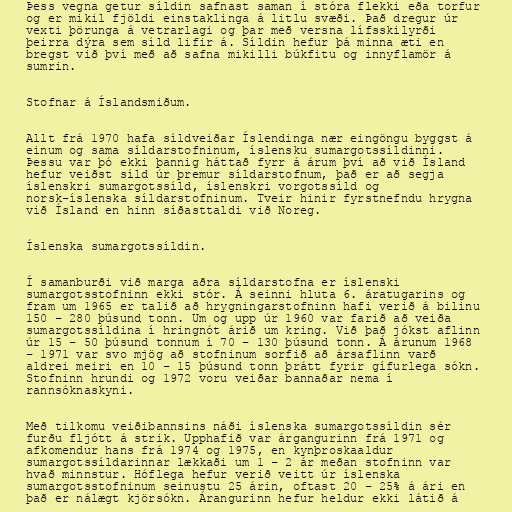
Þess vegna getur síldin safnast saman í stóra flekki eða torfur
og er mikil fjöldi einstaklinga á litlu svæði. Það dregur úr
vexti þörunga á vetrarlagi og þar með versna lífsskilyrði
þeirra dýra sem síld lifir á. Síldin hefur þá minna æti en
bregst við því með að safna mikilli búkfitu og innyflamör á
sumrin.

Stofnar á Íslandsmiðum.

Allt frá 1970 hafa síldveiðar Íslendinga nær eingöngu byggst á
einum og sama síldarstofninum, íslensku sumargotssíldinni.
Þessu var þó ekki þannig háttað fyrr á árum því að við Ísland
hefur veiðst síld úr þremur síldarstofnum, það er að segja
íslenskri sumargotssíld, íslenskri vorgotssíld og
norsk-íslenska síldarstofninum. Tveir hinir fyrstnefndu hrygna
við Ísland en hinn síðasttaldi við Noreg.

Íslenska sumargotssíldin.

Í samanburði við marga aðra síldarstofna er íslenski
sumargotsstofninn ekki stór. Á seinni hluta 6. áratugarins og
fram um 1965 er talið að hrygningarstofninn hafi verið á bilinu
150 – 280 þúsund tonn. Um og upp úr 1960 var farið að veiða
sumargotssíldina í hringnót árið um kring. Við það jókst aflinn
úr 15 – 50 þúsund tonnum í 70 – 130 þúsund tonn. Á árunum 1968
– 1971 var svo mjög að stofninum sorfið að ársaflinn varð
aldrei meiri en 10 – 15 þúsund tonn þrátt fyrir gífurlega sókn.
Stofninn hrundi og 1972 voru veiðar bannaðar nema í
rannsóknaskyni.

Með tilkomu veiðibannsins náði íslenska sumargotssíldin sér
furðu fljótt á strik. Upphafið var árgangurinn frá 1971 og
afkomendur hans frá 1974 og 1975, en kynþroskaaldur
sumargotssíldarinnar lækkaði um 1 – 2 ár meðan stofninn var
hvað minnstur. Hóflega hefur verið veitt úr íslenska
sumargotsstofninum seinustu 25 árin, oftast 20 – 25% á ári en
það er nálægt kjörsókn. Árangurinn hefur heldur ekki látið á